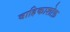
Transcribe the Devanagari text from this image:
वाहिकाशोफ़